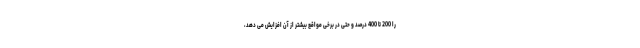
را 200 تا 400 درصد و حتی در برخی مواقع بیشتر از آن افزایش می دهد،